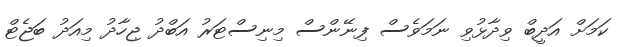
ކަމަށް އަދީބް ވިދާޅުވި ނަމަވެސް ފިނޭންސް މިނިސްޓަރު އަބްދު ޖިހާދު މިއަދު ބަޖެޓް